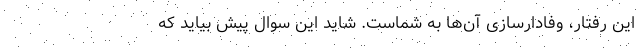
این رفتار، وفادارسازی آن‌ها به شماست. شاید این سوال پیش بیاید که